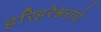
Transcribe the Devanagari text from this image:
हरिहरेश्वराचे